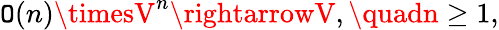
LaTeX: \mathtt{O}(n)\timesV^{n}\rightarrowV,\quadn\geq1,